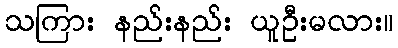
သကြား နည်းနည်း ယူဦးမလား။